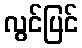
လွင်ပြင်